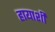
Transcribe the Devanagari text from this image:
हायाशी